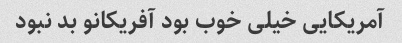
آمریکایی خیلی خوب بود آفریکانو بد نبود